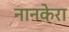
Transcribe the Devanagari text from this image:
नानकेरा